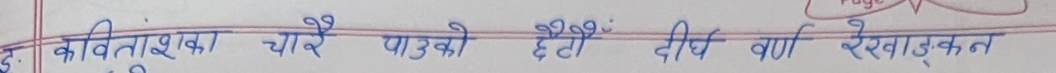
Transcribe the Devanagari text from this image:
कवितांशका चारै पाउको छैं: दीर्घ वर्ण रेखाङ्कन